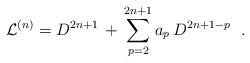
LaTeX: \begin{align*}{\cal L}^{(n)}=D^{2n+1}\,+\,\sum_{p=2}^{2n+1}a_p \,D^{2n+1-p}\ \ .\end{align*}